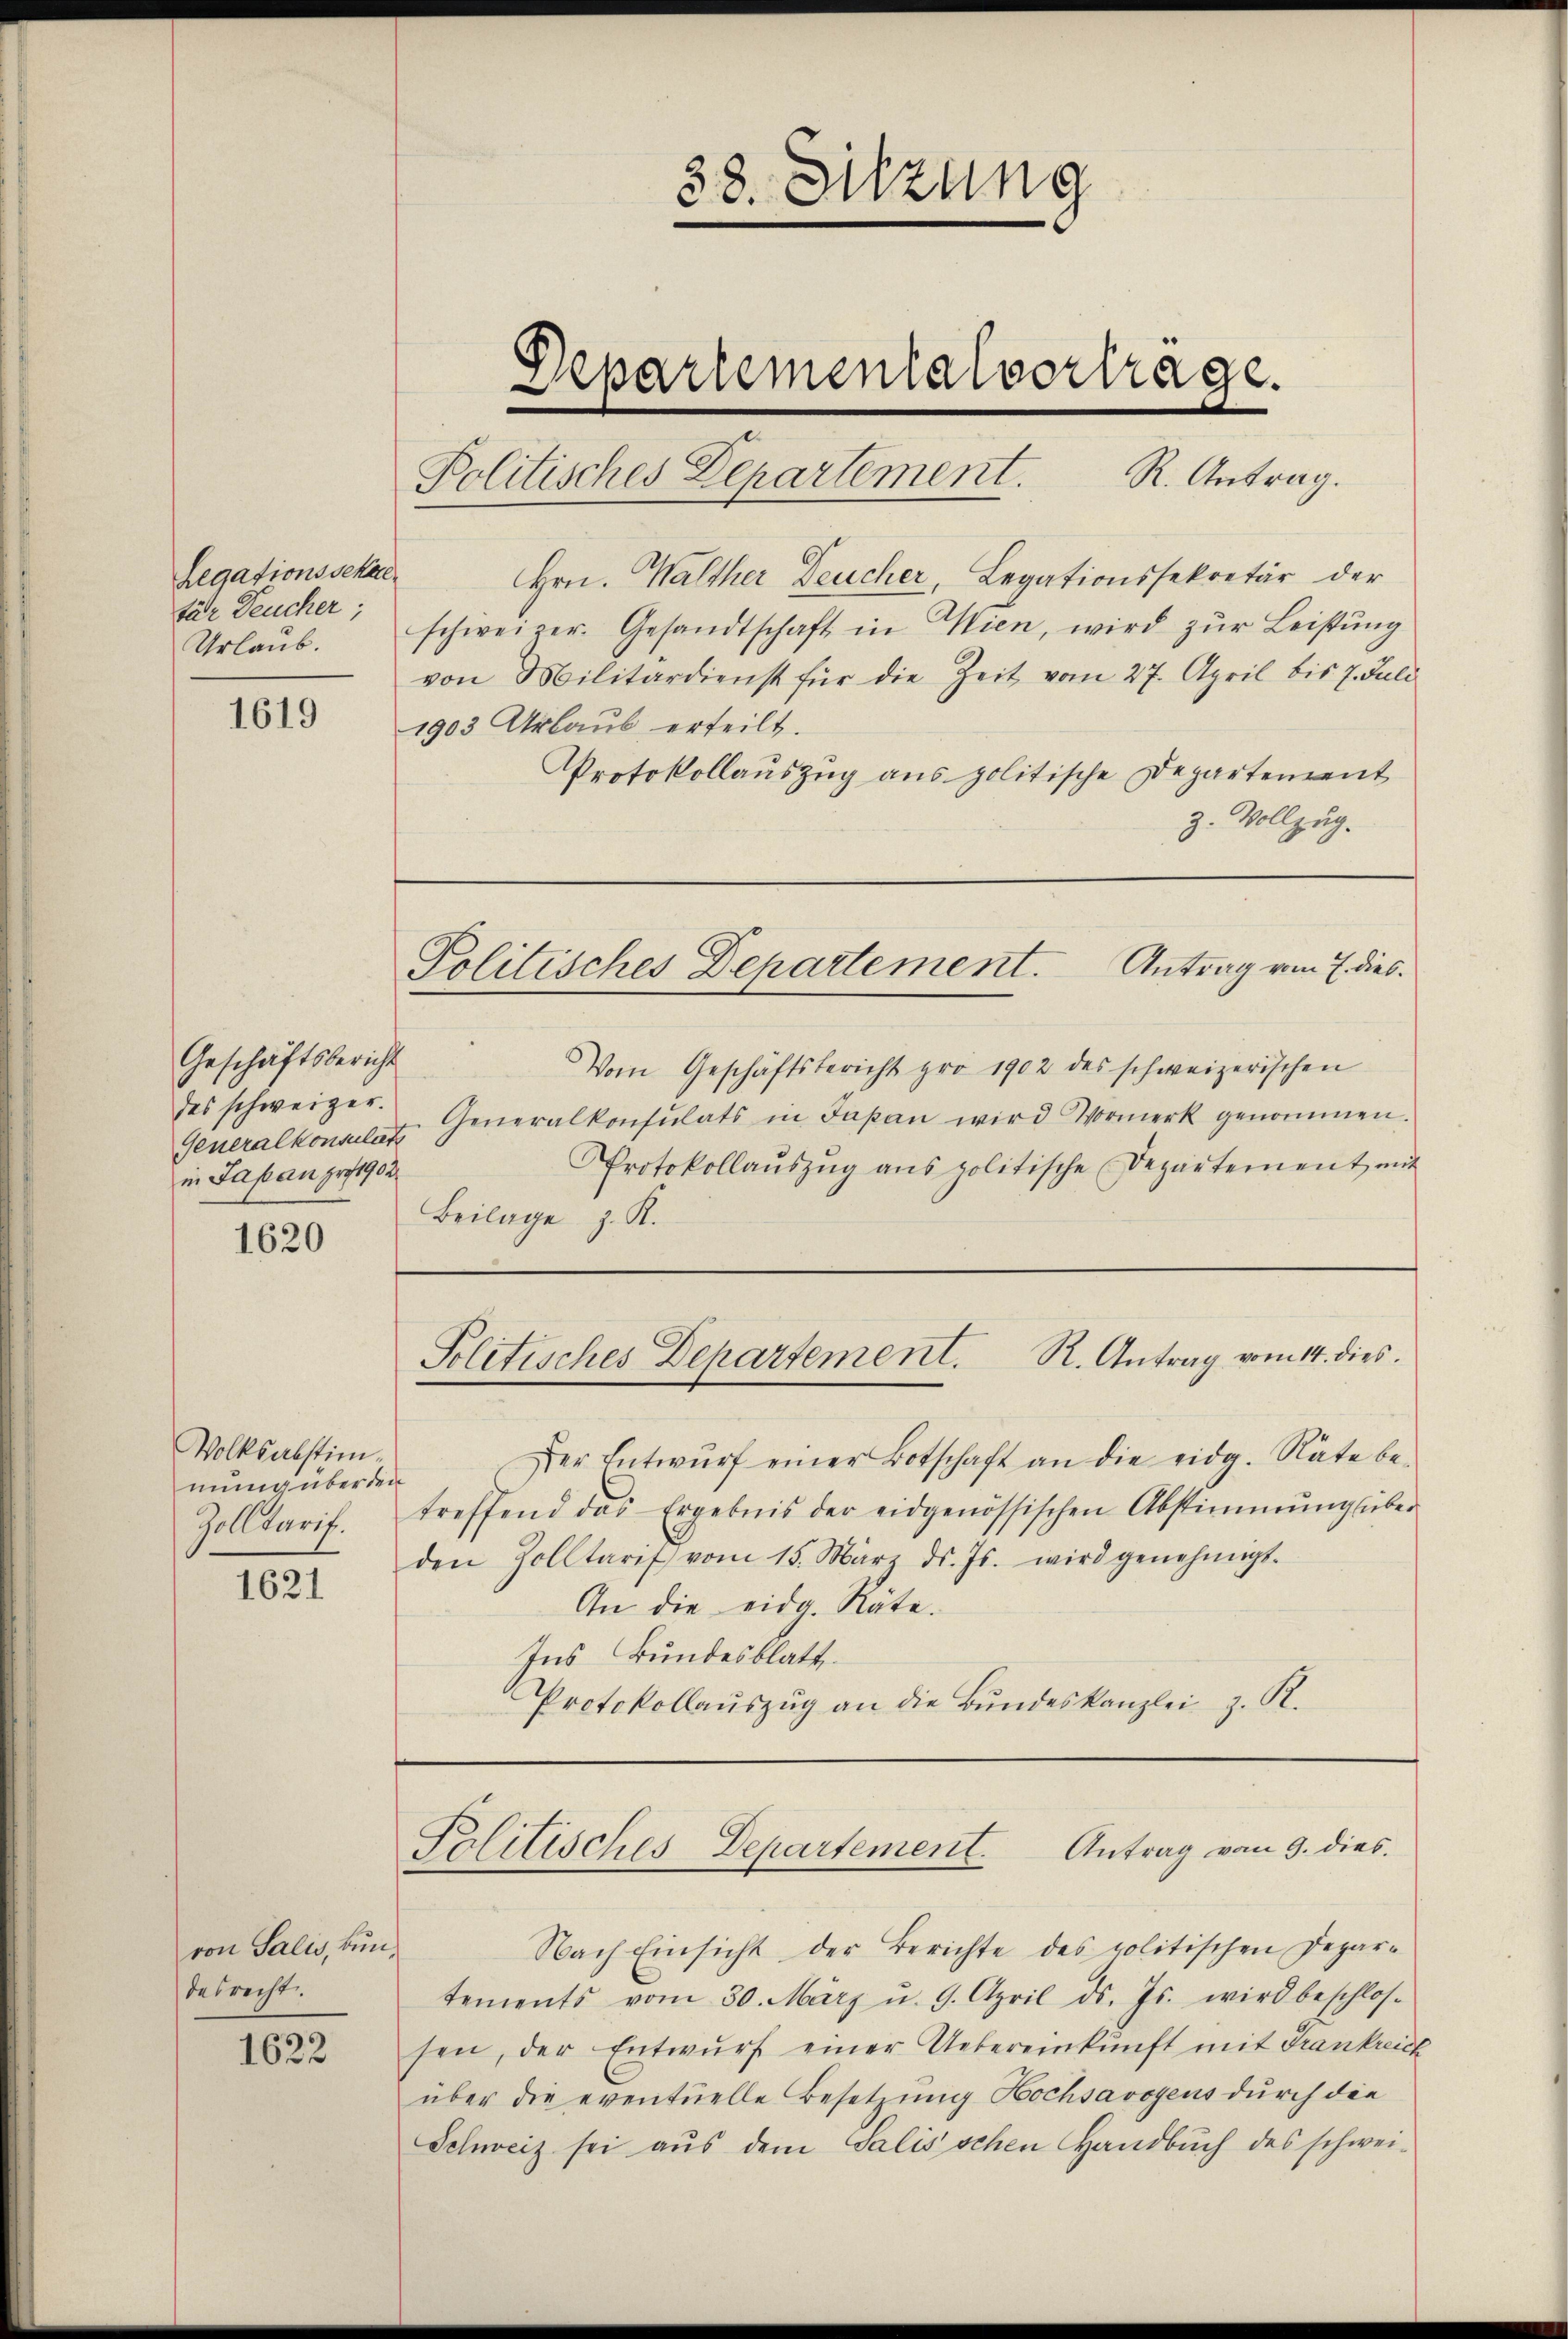
Legationssekal
für Deucher;

1619

Geschäftsbericht
des schweizer.
Generalkonsulats
in Japan pro 1902

1620

Volksabstimnung über den
Zolltarif.

1621

von Salis, Bundesrecht.

1622

38. Sitzung
Departementalvertrage.
Politisches Departement. R. Antrag.

Hrn. Walther Deucher, Legationssekretär der
Urlaŭb. schweizer. Gesandtschaft in Wien, wird zŭr Leistŭng
von Militärdienst für die Zeit vom 27. April bis 7. Juli
1903 Urlaub erteilt.
Protokollauszug aus politische Departement
3. Vollzug.
Vom Geschäftsbericht pro 1902 des schweizerischen
Generalkonsulats in Japan wird Vormerk genommen.
Protokollaŭszŭg ans politische Departement mit
Beilage z. R.
R. Antrag vom 14. dies.
Politisches Departement.
Der Entwŭrf einer Botschaft an die eidg. Räte be-
treffend das Ergebnis der eidgenössischen Abstimmungsüber-
den Zolltarif vom 15. März d. Js. wird genehmigt.
An die eidg. Räte.
Ins Bundesblatt
Protokollaŭszŭg an die Bŭndeskanzlei z. R.

Politisches Departement. Antrag vom 7. dies

Politisches Departement. Antrag vom 9. dies

Nach Einsicht der Berichte des politischen Depar-
tements vom 30. März u. 9. April d. Js. wird beschlos-
sen, der Entwŭrf einer Uebereinkunft mit Frankreich
über die eventuelle Besetzung Bochsavoyens durch die
Schweiz sei aus dem Salisschen Handbuch des schwei-